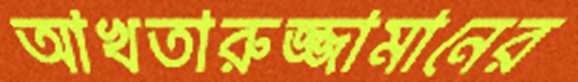
আখতারুজ্জামানের